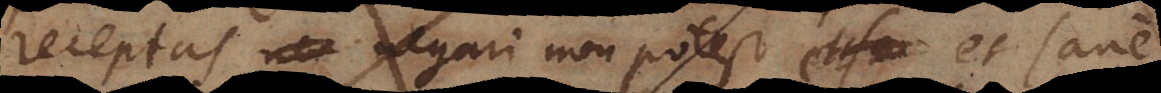
receptas negari non potest. Et apud